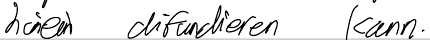
hinein diffundieren kann.